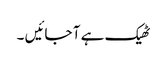
ٹھیک ہے آ جائیں ۔